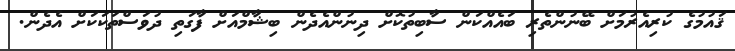
ޤައުމުގެ ކުރިއެރުމަށް ބޭނުންތެރި ބައެއްކަން ސާބިތުކޮށް ދިނުންއެދެން ބިޝާމްއަށް ފާގަތި ދުވަސްތަކަކަށް އެދެން.